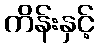
ကိန်းနှင့်